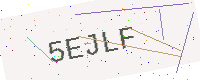
Text: 5EJLF